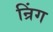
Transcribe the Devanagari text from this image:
न्रिंग